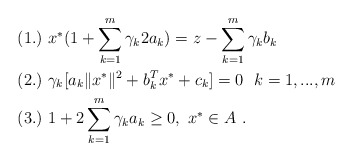
\begin{align*} &(1.)\ x^{*}(1+\sum\limits_{k=1}^m\gamma_k2a_{k})=z-\sum\limits_{k=1}^m\gamma_kb_{k}\ \ \\ &(2.)\ \gamma_k[a_{k}\|x^{*}\|^{2}+b_{k}^{T}x^{*}+c_{k}]=0\ \ k=1,...,m\ \ \\ &(3.)\ 1+2\sum\limits_{k=1}^m\gamma_k a_k\ge0,\ x^{*}\in A \ . \end{align*}